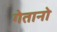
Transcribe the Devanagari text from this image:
गेतानो